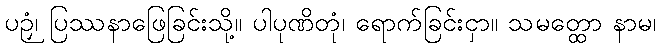
ပဉှံ၊ ပြဿနာဖြေခြင်းသို့။ ပါပုဏိတုံ၊ ရောက်ခြင်းငှာ။ သမတ္ထော နာမ၊